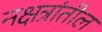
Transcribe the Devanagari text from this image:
नक्षत्रांतील